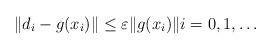
LaTeX: \begin{align*}\|d_i-g({x}_i)\| \le \varepsilon\|g({x}_i) \| i = 0,1,\ldots\end{align*}